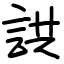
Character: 鿁